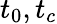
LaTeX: t_{0},t_{c}